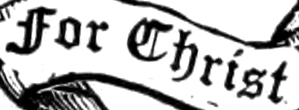
For Christ